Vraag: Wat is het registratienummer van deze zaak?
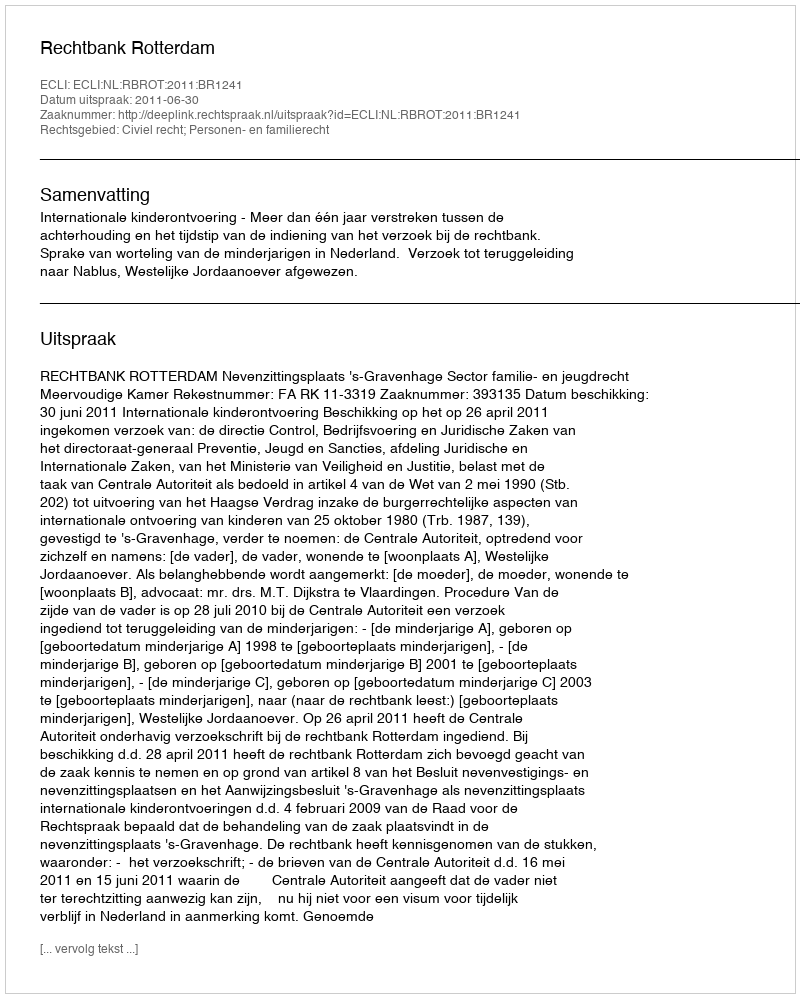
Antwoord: http://deeplink.rechtspraak.nl/uitspraak?id=ECLI:NL:RBROT:2011:BR1241